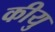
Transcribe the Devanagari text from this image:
कीयु